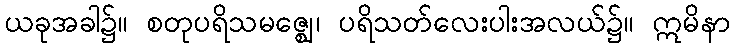
ယခုအခါ၌။ စတုပရိသမဇ္ဈေ၊ ပရိသတ်လေးပါးအလယ်၌။ ဣမိနာ